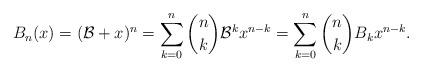
LaTeX: \begin{align*}B_{n}(x) = (\mathcal{B}+x)^{n} = \sum_{k=0}^{n} \binom{n}{k} \mathcal{B}^{k} x^{n-k} = \sum_{k=0}^{n} \binom{n}{k} B_{k}x^{n-k}. \end{align*}